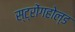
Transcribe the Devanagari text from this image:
स्ट्रोंगहोल्ड